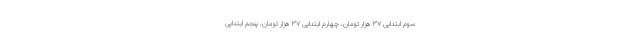
سوم ابتدایی ۳۷ هزار تومان، چهارم ابتدایی ۳۷ هزار تومان، پنجم ابتدایی